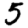
Digit: 5